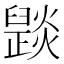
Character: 𤑠